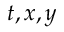
{ t , x , y }